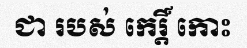
ជា របស់ កេរ្តិ៍ កោះ